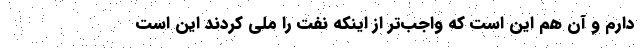
دارم و آن هم این است که واجب‌تر از اینکه نفت را ملی کردند این است